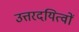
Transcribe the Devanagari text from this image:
उत्तरदयित्वों